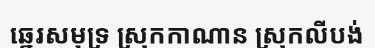
ឆ្នេរសមុទ្រ ស្រុកកាណាន ស្រុកលីបង់